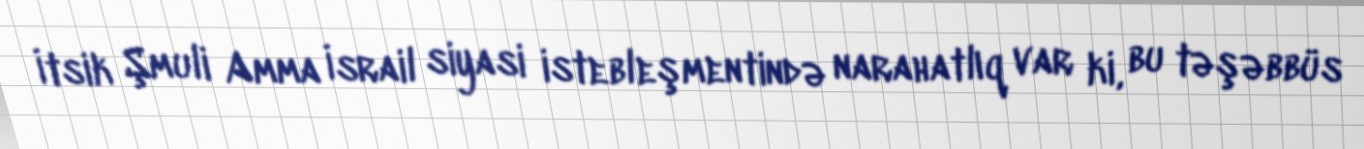
İtsik Şmuli Amma İsrail siyasi istebleşmentində narahatlıq var ki, bu təşəbbüs